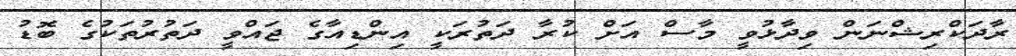
ރާދަކްރިޝްނަން ވިދާޅުވީ މާސް އަށް ކުރާ ދަތުރަކީ އިންޑިއާގެ ޖައްވީ ދަތުރުތަކުގެ ބޮޑު